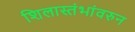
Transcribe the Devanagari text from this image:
शिलास्तंभांवरुन